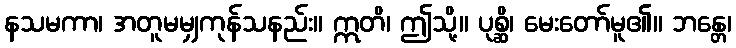
နသမကာ၊ အတူမမျှကုန်သနည်း။ ဣတိ၊ ဤသို့။ ပုစ္ဆိ၊ မေးတော်မူ၏။ ဘန္တေ၊